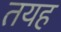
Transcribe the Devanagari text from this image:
तयह